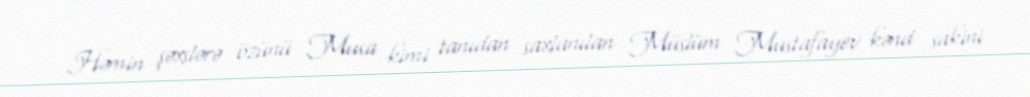
Həmin şəxslərə özünü Musa kimi tanıdan saxlanılan Müslüm Mustafayev kənd sakini